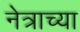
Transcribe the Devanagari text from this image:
नेत्राच्या